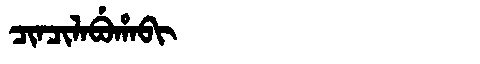
Manchu: ᠴᡳᠨᠴᡳᠯᠠᠪᡠᡥᠠᠪᡳ
Romanization: CINCILABUHABI